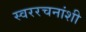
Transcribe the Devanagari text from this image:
स्वररचनांशी